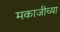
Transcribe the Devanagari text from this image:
मकाजीच्या